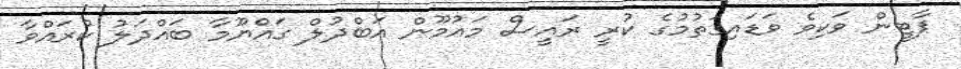
ޕާޓީން ވަކިވެ ވަޑައިގަތުމުގެ ކުރީ ރައީސް މައުމޫން އަބްދުލް ގައްޔޫމާ ބައްދަލު ކުރައްވާ